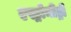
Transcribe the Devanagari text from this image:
एस्ट्रोमीट्री